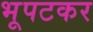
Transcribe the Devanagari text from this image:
भूपटकर